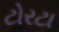
ટોરટા